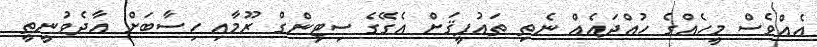
އެއްވެސް މީހެއްގެ ހުއްދައެއް ނެތި ތައުފީޤަށް އެގޭގެ ސިޓިންގް ރޫމާއި ހިސާބަށް އާދެވުނީތީ